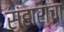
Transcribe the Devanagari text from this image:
संहाराचा